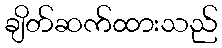
ချိတ်ဆက်ထားသည်